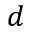
d